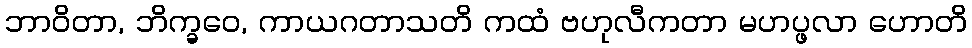
ဘာဝိတာ, ဘိက္ခဝေ, ကာယဂတာသတိ ကထံ ဗဟုလီကတာ မဟပ္ဖလာ ဟောတိ